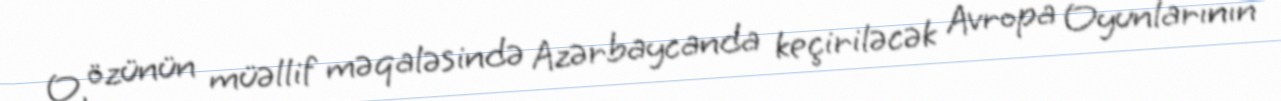
O, özünün müəllif məqaləsində Azərbaycanda keçiriləcək Avropa Oyunlarının